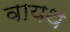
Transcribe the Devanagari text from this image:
वायथ